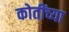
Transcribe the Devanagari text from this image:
कोतींच्या